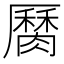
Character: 𦠩